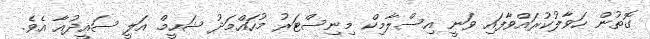
ގޮތުން ހަވާލުކުރައްވާފައި ވަނީ އިސްލާމިކް މިނިސްޓަރު މުހައްމަދު ޝަހީމް އަލީ ސައީދުއާ އެވެ.